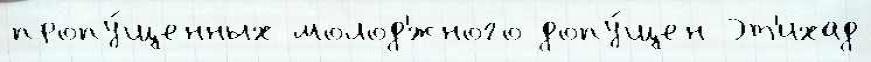
пропу́щенных молод'́жного допу́щен Эт'ихад